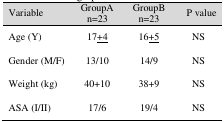
| Variable | GroupA n=23 | GroupB n=23 | P value |
 | --- | --- | --- | --- |
 | Age (Y) | 17<underline>+4</underline> | 16<underline>+5</underline> | NS |
 | Gender (M/F) | 13/10 | 14/9 | NS |
 | Weight (kg) | 40+10 | 38+9 | NS |
 | ASA (I/II) | 17/6 | 19/4 | NS |